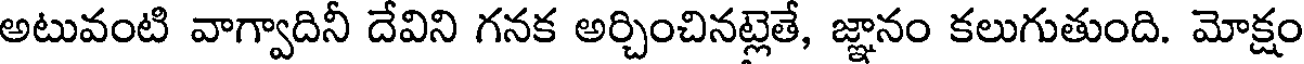
అటువంటి వాగ్వాదినీ దేవిని గనక అర్చించినట్లెతే, జ్ఞానం కలుగుతుంది. మోక్షం